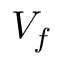
V _ { f }